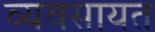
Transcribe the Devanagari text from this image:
व्यवसायत